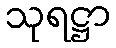
သုရဋ္ဌာ